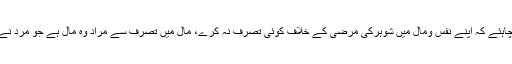
اسلام اس حوالے سے کہتا ہے کہ عورت کو چاہئے کہ اپنے نفس ومال میں شوہرکی مرضی کے خلاف کوئی تصرف نہ کرے، مال میں تصرف سے مراد وہ مال ہے جو مرد نے ضروریات زندگی کیلئے عورت کو دیا ہے۔